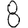
Digit: 8